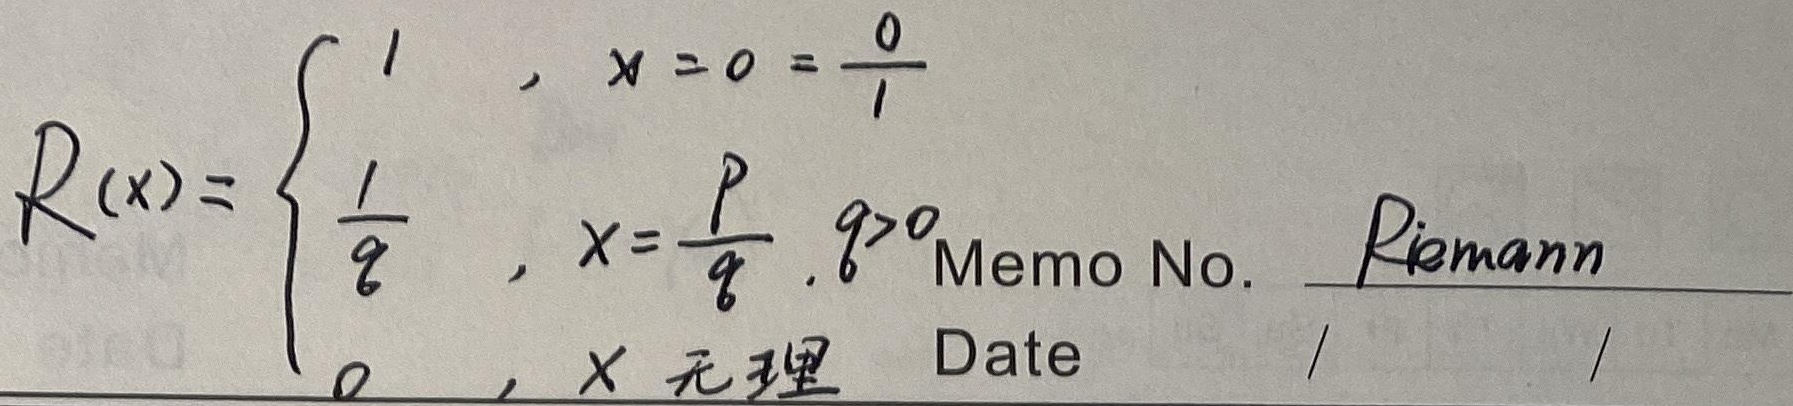
\[
R(x)=
\begin{cases}
1, &x = 0=\frac{0}{1}\\
\frac{1}{q}, &x=\frac{p}{q},q > 0\\
0, &x \text{ 无理}
\end{cases}
\]

Memo No. \underline{Riemann} Date \underline{/} \underline{/}